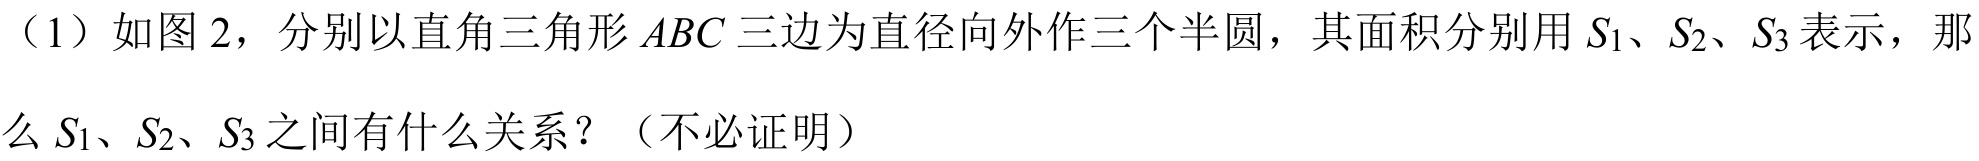
（1）如图2，分别以直角三角形\(ABC\)三边为直径向外作三个半圆，其面积分别用\(S_{1}\)、\(S_{2}\)、\(S_{3}\)表示，那么\(S_{1}\)、\(S_{2}\)、\(S_{3}\)之间有什么关系？（不必证明）